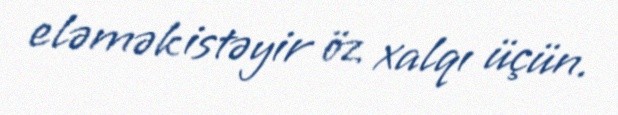
eləmək istəyir öz xalqı üçün.